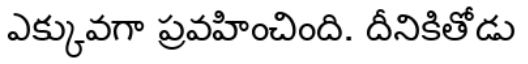
ఎక్కువగా ప్రవహించింది. దీనికితోడు